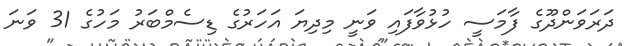
ދަރަވަންދޫގެ ފާމަސީ ހުޅުވާފައި ވަނީ މިދިޔަ އަހަރުގެ ޑިސެމްބަރު މަހުގެ 31 ވަނަ